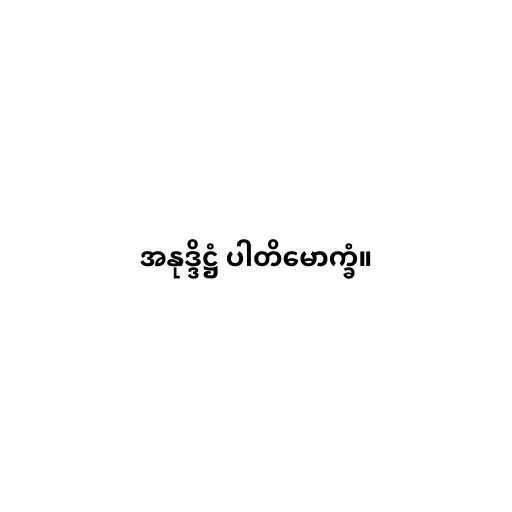
အနုဒ္ဒိဋ္ဌံ ပါတိမောက္ခံ။